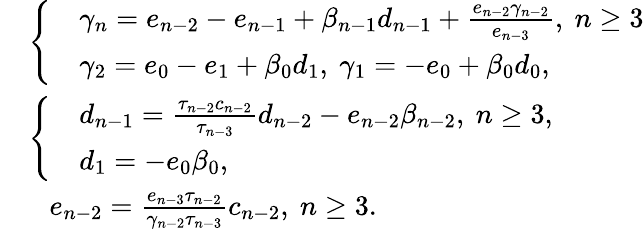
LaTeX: \begin{array}{rl}&{\left\{ \begin{array}{rl}&{\gamma_{n}=e_{n-2}-e_{n-1}+\beta_{n-1}d_{n-1}+\frac{e_{n-2}\gamma_{n-2}}{e_{n-3}},~n\geq 3}\\ &{\gamma_{2}=e_{0}-e_{1}+\beta_{0}d_{1},~\gamma_{1}=-e_{0}+\beta_{0}d_{0},}\end{array}\right.}\\ &{\left\{ \begin{array}{rl}&{d_{n-1}=\frac{\tau_{n-2}c_{n-2}}{\tau_{n-3}}d_{n-2}-e_{n-2}\beta_{n-2},~n\geq 3,}\\ &{d_{1}=-e_{0}\beta_{0},}\end{array}\right.}\\ &{~~~e_{n-2}=\frac{e_{n-3}\tau_{n-2}}{\gamma_{n-2}\tau_{n-3}}c_{n-2},~n\geq 3.}\end{array}